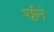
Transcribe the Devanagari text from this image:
पट्टीने